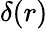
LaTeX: \delta(r)